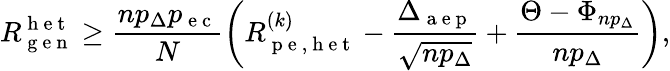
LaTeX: R_{\mathrm{~g~e~n~}}^{\mathrm{~h~e~t~}}\geq\frac{np_{\Delta}p_{\mathrm{~e~c~}}}{N}\left(R_{\mathrm{~p~e~,~h~e~t~}}^{(k)}-\frac{\Delta_{\mathrm{~a~e~p~}}}{\sqrt{np_{\Delta}}}+\frac{\Theta-\Phi_{np_{\Delta}}}{np_{\Delta}}\right),